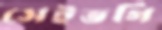
সেইভগি